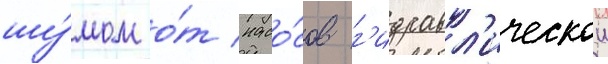
шу́мом о́т насо́сов г'идравл'ическои